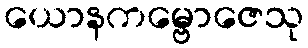
ယောနကမ္ဗောဇေသု